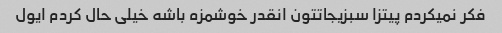
فکر نمیکردم پیتزا سبزیجاتتون انقدر خوشمزه باشه خیلی حال کردم ایول